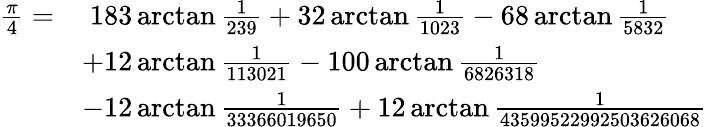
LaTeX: {\begin{array}{rl}{{\frac{\pi}{4}}=}&{\; 183\arctan{\frac{1}{239}}+32\arctan{\frac{1}{1023}}-68\arctan{\frac{1}{5832}}}\\ &{+12\arctan{\frac{1}{113021}}-100\arctan{\frac{1}{6826318}}}\\ &{-12\arctan{\frac{1}{33366019650}}+12\arctan{\frac{1}{43599522992503626068}}}\end{array}}